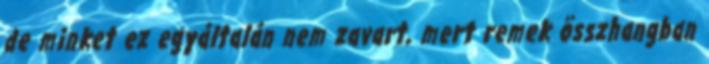
de minket ez egyáltalán nem zavart, mert remek összhangban